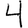
Digit: 4